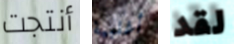
أنتجت أغلبية لقد